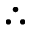
\therefore